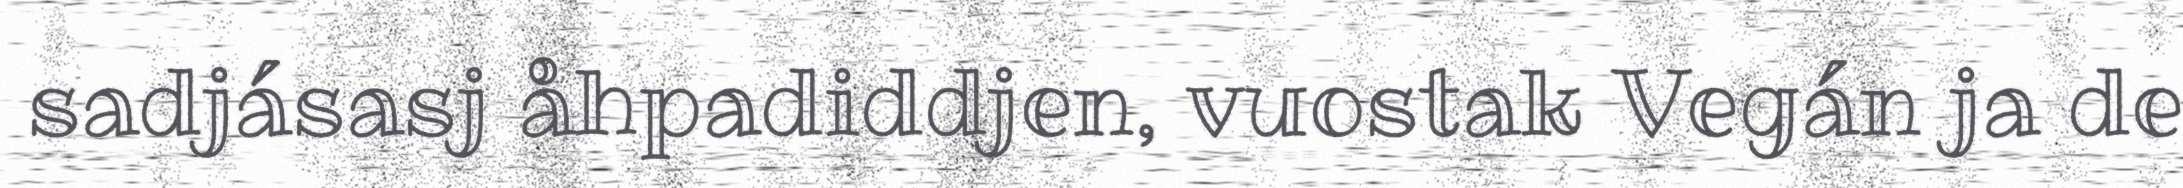
sadjásasj åhpadiddjen, vuostak Vegán ja de